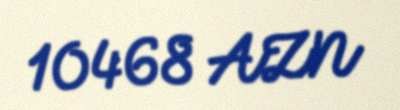
10468 AZN